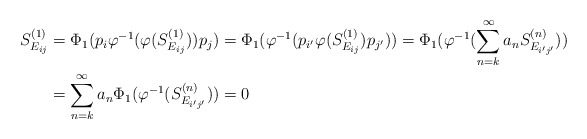
\begin{align*}S^{(1)}_{E_{ij}} & = \Phi_1(p_{i} \varphi^{-1}(\varphi(S^{(1)}_{E_{ij}})) p_{j}) = \Phi_1(\varphi^{-1}(p_{i'} \varphi(S^{(1)}_{E_{ij}})p_{j'})) = \Phi_1(\varphi^{-1}(\sum^{\infty}_{n=k}a_nS^{(n)}_{E_{i'j'}}))\\& = \sum^{\infty}_{n=k}a_n\Phi_1(\varphi^{-1}(S^{(n)}_{E_{i'j'}})) = 0\end{align*}